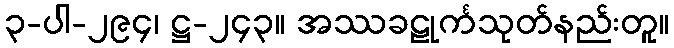
၃-ပါ-၂၉၄၊ ဋ္ဌ-၂၄၃။ အဿခဠုင်္ကသုတ်နည်းတူ။